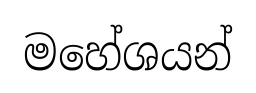
මහේශයන්